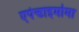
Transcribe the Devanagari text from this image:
एपेन्डाइमोमा